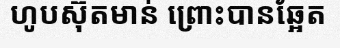
ហូបស៊ុតមាន់ ព្រោះបានឆ្អែត